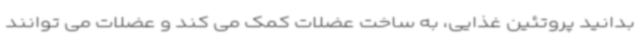
بدانید پروتئین غذایی، به ساخت عضلات کمک می کند و عضلات می توانند